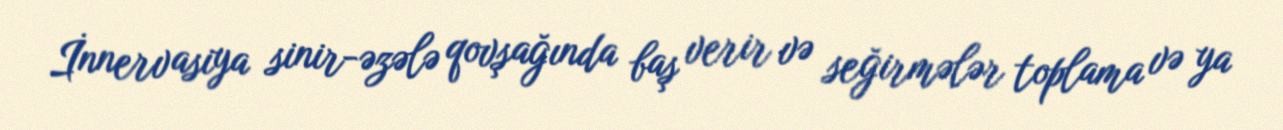
İnnervasiya sinir-əzələ qovşağında baş verir və seğirmələr toplama və ya